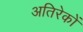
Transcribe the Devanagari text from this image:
अतिरेकों